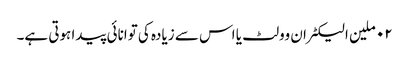
٠٢ ملین الیکٹران وولٹ یا اس سے زیادہ کی توانائی پیدا ہوتی ہے۔